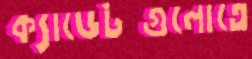
ক্যাডেটগুলোতে